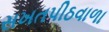
સખતપીઠવાળા